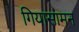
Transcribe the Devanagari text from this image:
गियासामन